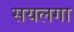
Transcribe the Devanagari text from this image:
सयलगा